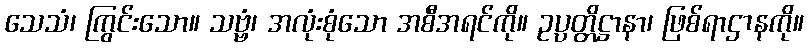
သေသံ၊ ကြွင်းသော။ သဗ္ဗံ၊ အလုံးစုံသော အစီအရင်ကို။ ဥပ္ပတ္တိဋ္ဌာနာ၊ ဖြစ်ရာဌာနကို။